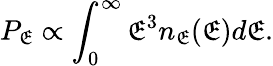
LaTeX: P_{\mathfrak{E}}\propto\int_{0}^{\infty}\mathfrak{E}^{3}n_{\mathfrak{E}}(\mathfrak{E})d\mathfrak{E}.